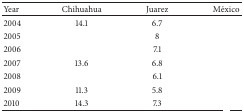
<table><thead><tr><td><b>Year</b></td><td><b>Chihuahua</b></td><td><b>Juarez</b></td><td><b>México</b></td></tr></thead><tbody><tr><td>2004</td><td>14.1</td><td>6.7</td><td>[EMPTY_CELL]</td></tr><tr><td>2005</td><td>[EMPTY_CELL]</td><td>8</td><td>[EMPTY_CELL]</td></tr><tr><td>2006</td><td>[EMPTY_CELL]</td><td>7.1</td><td>[EMPTY_CELL]</td></tr><tr><td>2007</td><td>13.6</td><td>6.8</td><td>[EMPTY_CELL]</td></tr><tr><td>2008</td><td>[EMPTY_CELL]</td><td>6.1</td><td>[EMPTY_CELL]</td></tr><tr><td>2009</td><td>11.3</td><td>5.8</td><td>[EMPTY_CELL]</td></tr><tr><td>2010</td><td>14.3</td><td>7.3</td><td>[EMPTY_CELL]</td></tr></tbody></table>